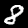
Label: 8